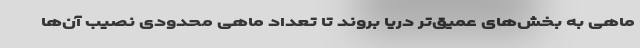
ماهی به بخش‌های عمیق‌تر دریا بروند تا تعداد ماهی محدودی نصیب آن‌ها